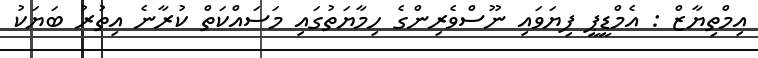
އިމްތިޔާޒް : އެމްޑީޕީ ފިޔަވައި ނޫސްވެރިންގެ ހިމާޔަތުގައި މަސައްކަތް ކުރާނެ އިތުރު ބަޔަކު